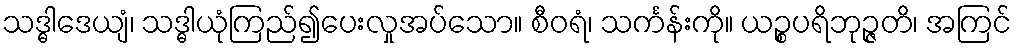
သဒ္ဓါဒေယျံ၊ သဒ္ဓါယုံကြည်၍ပေးလှုအပ်သော။ စီဝရံ၊ သင်္ကန်းကို။ ယဉ္စပရိဘုဉ္ဇတိ၊ အကြင်